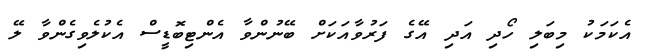
އެކަމަކު މިބަލި ހޯދި އަދި އޭގެ ފަރުވާއަކަށް ބޭނުންވާ އެންޓިބޮޑީސް އެކުލެވިގެންވާ ލޭ